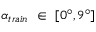
\alpha _ { t r a i n } ~ \in ~ [ 0 ^ { \circ } , 9 ^ { \circ } ]